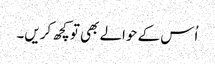
اُس کے حوالے بھی تو کچھ کریں۔